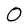
Character: O